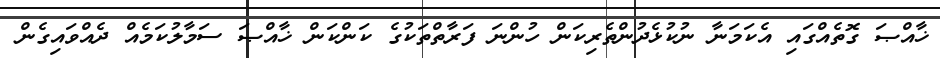
ޚާއްޞަ ގޮތެއްގައި އެކަމަނާ ނުކުޅެދުންތެރިކަން ހުންނަ ފަރާތްތަކުގެ ކަންކަން ޚާއްޞަ ސަމާލުކަމެއް ދެއްވައިގެން